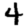
Digit: 4